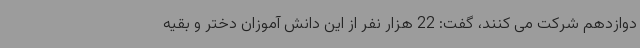
دوازدهم شرکت می کنند، گفت: 22 هزار نفر از این دانش آموزان دختر و بقیه